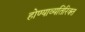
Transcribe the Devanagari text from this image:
होण्याव्यतिरिक्त